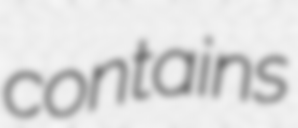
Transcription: contains